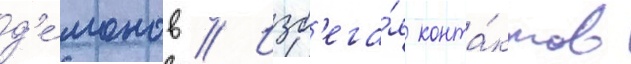
д'е́монов // Изб'ега́я конта́ктов